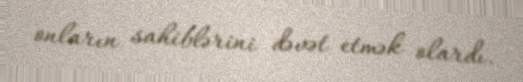
onların sahiblərini dəvət etmək olardı.